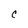
Character: C